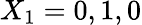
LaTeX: X_{1}=0,1,0